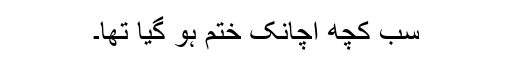
سب کچھ اچانک ختم ہو گیا تھا۔